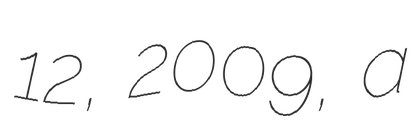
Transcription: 12, 2009, a